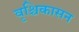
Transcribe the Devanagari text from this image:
वृश्चिकासन